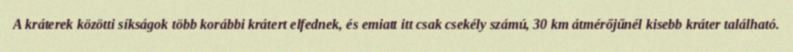
A kráterek közötti síkságok több korábbi krátert elfednek, és emiatt itt csak csekély számú, 30 km átmérőjűnél kisebb kráter található.